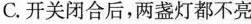
C.开关闭合后，两盏灯都不亮